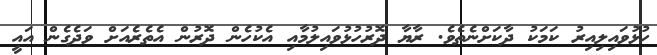
ހުޅުވައިލިއިރު ކަމަކު ދާކަށްނެތެވެ. ރާޔާ ދޮރުހުޅުވައިލުމާއި އެކުހެން ދޮރުން އެތެރެއަށް ވަދެގެން އައީ